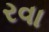
રવા